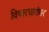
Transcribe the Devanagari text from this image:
विचारधारांवर